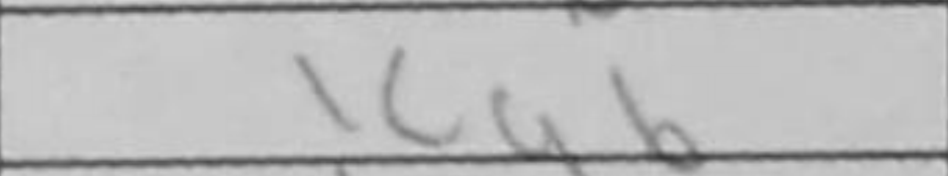
Transcription: Kg6